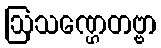
ဩသဏ္ဌေတဗ္ဗာ